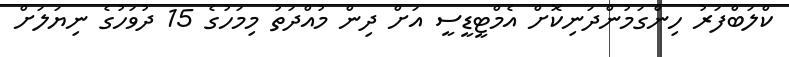
ކްލަބްފަރު ހިންގަމުންދަނިކޮށް އެމްޓީޑީސީ އަށް ދިން މުއްދަތު މިމަހުގެ 15 ދުވަހުގެ ނިޔަލަށް